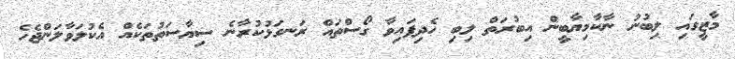
މާޒީގައި ލިބުނު ނާކާމިޔާބީން އިބުރަތް ލިބި ހެދިފައިވާ ގޯސްތައް ރަނގަޅުކުރާނެ ސިޔާސަތުތަކެއް އެކުލަވާލަންޖެހެ